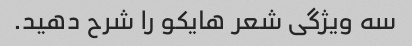
سه ویژگی شعر هایکو را شرح دهید.